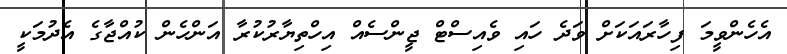
އެހެންވީމަ ފިހާރައަކަށް ވަދެ ހައި ވެއިސްޓް ޖީންސެއް އިހްތިޔާރުކުރާ އަންހެން ކުއްޖާގެ އެދުމަކީ